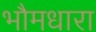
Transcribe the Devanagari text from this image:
भौमधारा